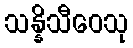
သန္နိသီဝေသု